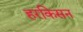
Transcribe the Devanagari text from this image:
हरकिसन